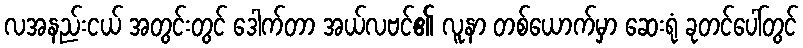
လအနည်းငယ် အတွင်းတွင် ဒေါက်တာ အယ်လဗင်၏ လူနာ တစ်ယောက်မှာ ဆေးရုံ ခုတင်ပေါ်တွင်